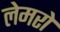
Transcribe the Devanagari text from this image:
लेमरो